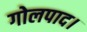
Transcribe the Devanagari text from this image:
गोलपाद।